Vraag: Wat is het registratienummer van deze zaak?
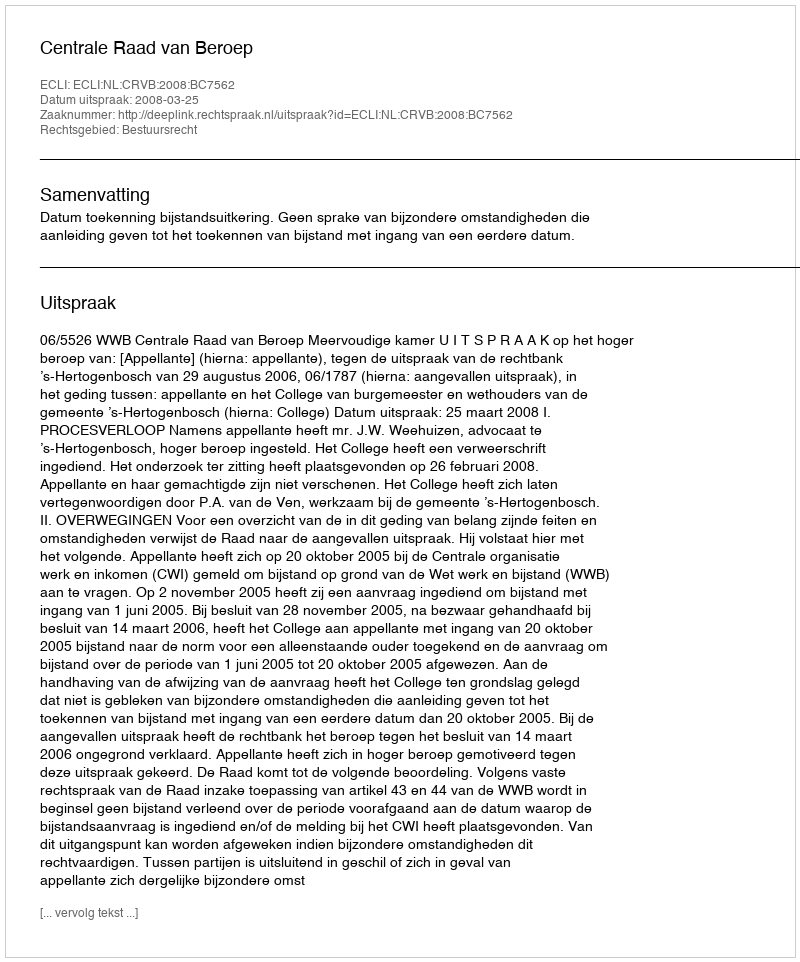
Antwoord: http://deeplink.rechtspraak.nl/uitspraak?id=ECLI:NL:CRVB:2008:BC7562